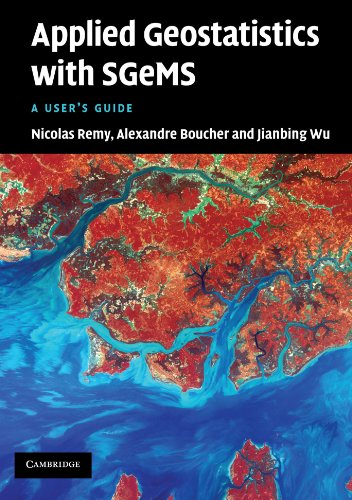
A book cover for Applied Geostatistics with SGeMS: A User's Guide; Nicolas Remy; Science & Math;